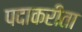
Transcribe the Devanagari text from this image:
पदाकरीता